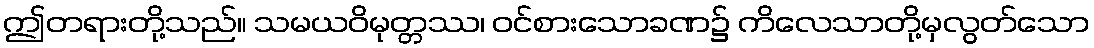
ဤတရားတို့သည်။ သမယဝိမုတ္တဿ၊ ဝင်စားသောခဏ၌ ကိလေသာတို့မှလွတ်သော